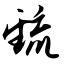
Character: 巯